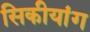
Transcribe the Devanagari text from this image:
सिकीयांग